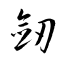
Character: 劒